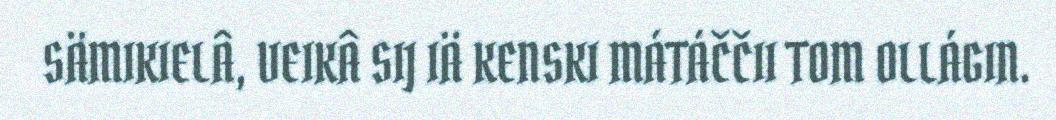
SÄMIKIELÂ, VEIKÂ SIJ IÄ KENSKI MÁTÁČČII TOM OLLÁGIN.